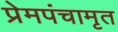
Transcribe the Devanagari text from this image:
प्रेमपंचामृत